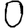
Digit: 0